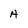
Character: A